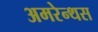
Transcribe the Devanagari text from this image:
अमरेन्थस